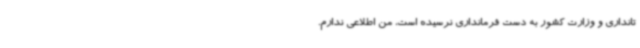
تانداری و وزارت کشور به دست فرمانداری نرسیده است، من اطلاعی ندارم.